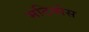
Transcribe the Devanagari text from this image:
मटियोस